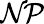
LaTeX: \mathcal{NP}